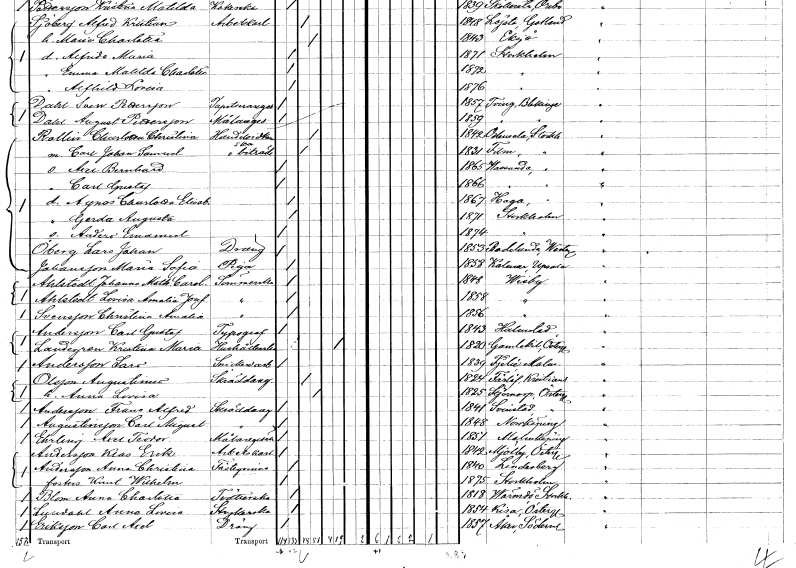
gt_parse: households: individuals: FN: Charlotta Christina
EN: Rollin
YRKE: Handelsidkerska
KON: K
CIV: G
FODAR: 1842
FODFORS: Odensala Stockholms län
FN: Carl Johan Samuel
YRKE: Handelsbiträde
KON: M
CIV: G
FODAR: 1831
FODFORS: Film Uppsala län
FN: Axel Bernhard
KON: M
CIV: O
FODAR: 1865
FODFORS: Vassunda Uppsala län
FN: Carl Gustaf
KON: M
CIV: O
FODAR: 1866
FODFORS: Vassunda Uppsala län
FN: Agnes Charlotta Elisabet
KON: K
CIV: O
FODAR: 1867
FODFORS: Haga Stockholms län
FN: Gerda Augusta
KON: K
CIV: O
FODAR: 1871
FODFORS: Stockholm
FN: Anders Emanuel
KON: M
CIV: O
FODAR: 1874
FODFORS: Stockholm
FN: Lars Johan
EN: Öberg
YRKE: Dräng
KON: M
CIV: O
FODAR: 1853
FODFORS: Badelunda Västmanlands län
FN: Maria Sofia
EN: Johansson
YRKE: Piga
KON: K
CIV: O
FODAR: 1858
FODFORS: Kalmar Uppsala län
FN: Johanna Mathilda Carolina
EN: Ahlstedt
YRKE: Sömmerska
KON: K
CIV: O
FODAR: 1848
FODFORS: Visby Gotlands län
FN: Lovisa Amalia Josefina
EN: Ahlstedt
YRKE: Sömmerska
KON: K
CIV: O
FODAR: 1858
FODFORS: Visby Gotlands län
FN: Christina Amalia
EN: Svensson
YRKE: Sömmerska
KON: K
CIV: O
FODAR: 1856
FODFORS: Visby Gotlands län
FN: Carl Gustaf
EN: Andersson
YRKE: Typograf
KON: M
CIV: O
FODAR: 1843
FODFORS: Halmstad Hallands län
FN: Kristina Maria
EN: Landegren
YRKE: Hushållerska
KON: K
CIV: E
FODAR: 1820
FODFORS: Gammalkil Östergötlands län
FN: Lars
EN: Andersson
YRKE: Snickeriarbetare
KON: M
CIV: O
FODAR: 1839
FODFORS: Fjelie Malmöhus län
FN: Augustinus
EN: Olsson
YRKE: Skräddaregesäll
KON: M
CIV: G
FODAR: 1824
FODFORS: Färlöv Kristianstads län
FN: Anna Lovisa
KON: K
CIV: G
FODAR: 1825
FODFORS: Stjärnorp Östergötlands län
FN: Frans Alfred
EN: Andersson
YRKE: Skräddaregesäll
KON: M
CIV: O
FODAR: 1841
FODFORS: Svinstad Östergötlands län
FN: Carl August
EN: Augustinsson
YRKE: Skräddaregesäll
KON: M
CIV: O
FODAR: 1848
FODFORS: Norrköping Östergötlands län
FN: Axel Teodor
EN: Ehrling
YRKE: Målaregesäll
KON: M
CIV: O
FODAR: 1851
FODFORS: Malmköping Södermanlands län
FN: Klas Erik
EN: Andersson
YRKE: Arbetskarl
KON: M
CIV: O
FODAR: 1842
FODFORS: Mjölby Östergötlands län
FN: Anna Christina
EN: Andersson
KON: K
CIV: O
FODAR: 1840
FODFORS: Lindesberg Örebro län
FN: Knut Wilhelm
KON: M
CIV: O
FODAR: 1875
FODFORS: Stockholm
FN: Anna Charlotta
EN: Blom
YRKE: Tvätterska
KON: K
CIV: O
FODAR: 1818
FODFORS: Värmdö Stockholms län
FN: Anna Lovisa
EN: Lundahl
YRKE: Strykerska
KON: K
CIV: O
FODAR: 1854
FODFORS: Kisa Östergötlands län
FN: Carl Axel
EN: Eriksson
YRKE: Dräng
KON: M
CIV: O
FODAR: 1857
FODFORS: Åker Södermanlands län